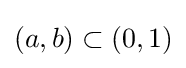
(a,b)\subset (0,1)